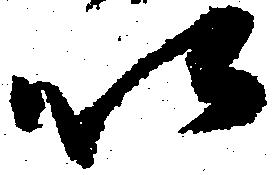
以